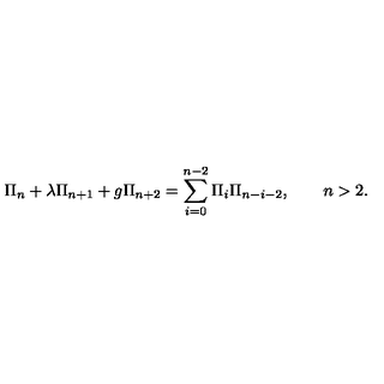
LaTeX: \Pi _ { n } + \lambda \Pi _ { n + 1 } + g \Pi _ { n + 2 } = \sum _ { i = 0 } ^ { n - 2 } \Pi _ { i } \Pi _ { n - i - 2 } , \qquad n > 2 .